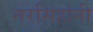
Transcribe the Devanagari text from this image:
नरसिहांनी